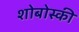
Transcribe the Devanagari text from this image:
शोबोस्की